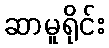
ဆာမူရိုင်း